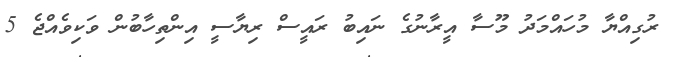
ރުގިއްޔާ މުހައްމަދު މޫސާ އީރާނުގެ ނައިބު ރައީސް ރިޔާސީ އިންތިހާބުން ވަކިވެއްޖެ 5